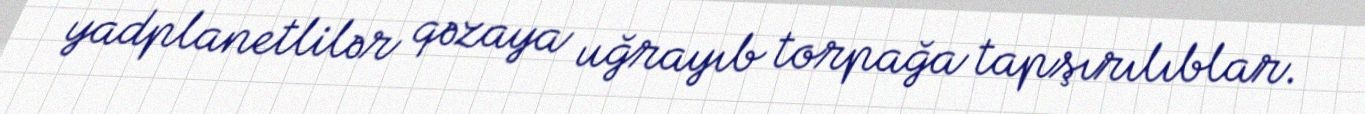
yadplanetlilər qəzaya uğrayıb torpağa tapşırılıblar.